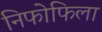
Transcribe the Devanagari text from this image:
निफोफिला